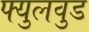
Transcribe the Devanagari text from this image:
फ्युलवुड